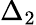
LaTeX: \Delta_{2}